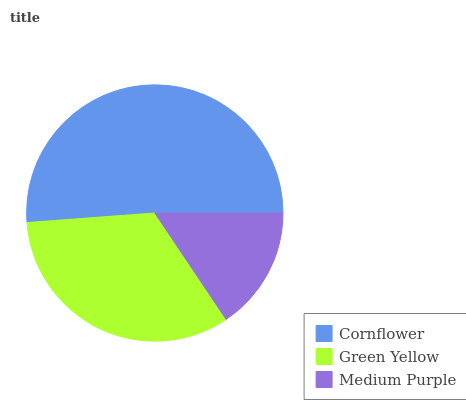
| Cornflower | Green Yellow | Medium Purple |
 | --- | --- | --- |
 | 51.2% | 33.2% | 15.6% |